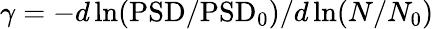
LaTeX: \gamma=-d\ln(\mathrm{PSD}/\mathrm{PSD}_{0})/d\ln(N/N_{0})